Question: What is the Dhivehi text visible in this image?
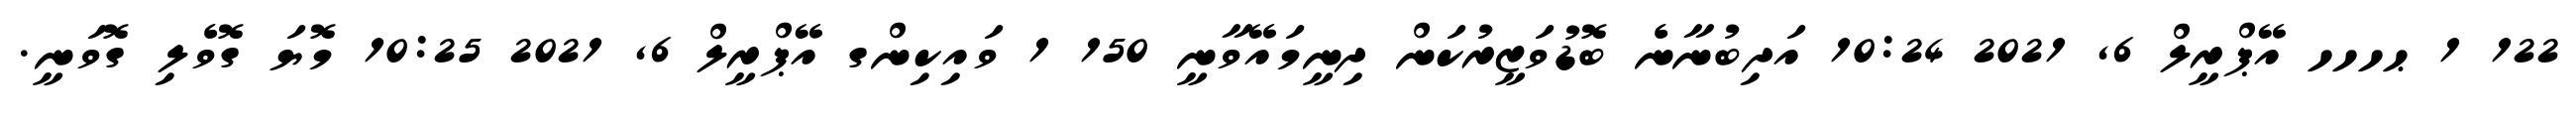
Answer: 122 1 ޙހހހ އޭޕްރީލް 6, 2021 10:24 އަދިބުނާނެ ބޮޑުވަޒީރުކަން ދިނީމައޭވާނީ 150 1 ވައިކިންގ އޭޕްރީލް 6, 2021 10:25 މޮޔަ ގޮވެލި ގޮވަނީ.